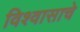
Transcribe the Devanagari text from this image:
विश्वासाचे